Leaving Certificate Examination, 1905
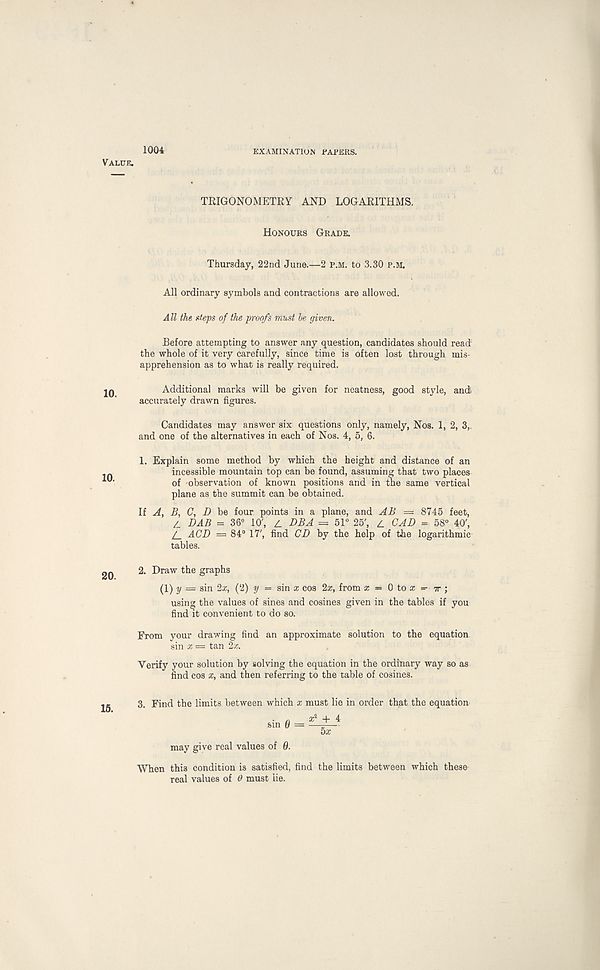
1004
EXAMINATION EAFERS.
Value.
TRIGONOMETRY AND LOGARITHMS.
Honours Grade.
Thursday, 22nd June.—2 p.m. to 3.30 p.m.
All ordinary symbols and contractions are allowed.
All the steps of the proofs must be given.
Before attempting to answer any question, candidates should read'
the whole of it very carefully, since time is often lost through mis-
apprehension as to what is really required.
Additional marks will be given for neatness, good style, and
accurately drawn figures.
Candidates may answer six questions only, namely, Nos. 1, 2, 3,.
and one of the alternatives in each of Nos. 4, 5, 6.
1. Explain some method by which the height and distance of an
incessible mountain top can be found, assuming that two places
of observation of known positions and in the same vertical
plane as the summit can be obtained.
If A, B, C, D be four points in a plane, and AB = 8745 feet,
Z. DAB = 36° 10' , Z. DBA = 51° 25' , z CAD = 58° 40' ,
Z_ ACD — 84° 17' , find CD by the help of the logarithmic
tables.
2. Draw the graphs
(1) y = sin 2x, (2) y = sin a; cos 2a;, from a; = 0 to a; =• tt ;
using the values of sines and cosines given in the tables if you
find it convenient to do so.
From your drawing find an approximate solution to the equation
sin x — tan 2a:.
Verify your solution by solving the equation in the ordinary way so as
find cos x, and then referring to the table of cosines.
3. Find the limits between which x must lie in order that the equation
may give real values of 0.
When this condition is satisfied, find the limits between which these
real values of 6 must lie.